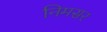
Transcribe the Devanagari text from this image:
निमसर